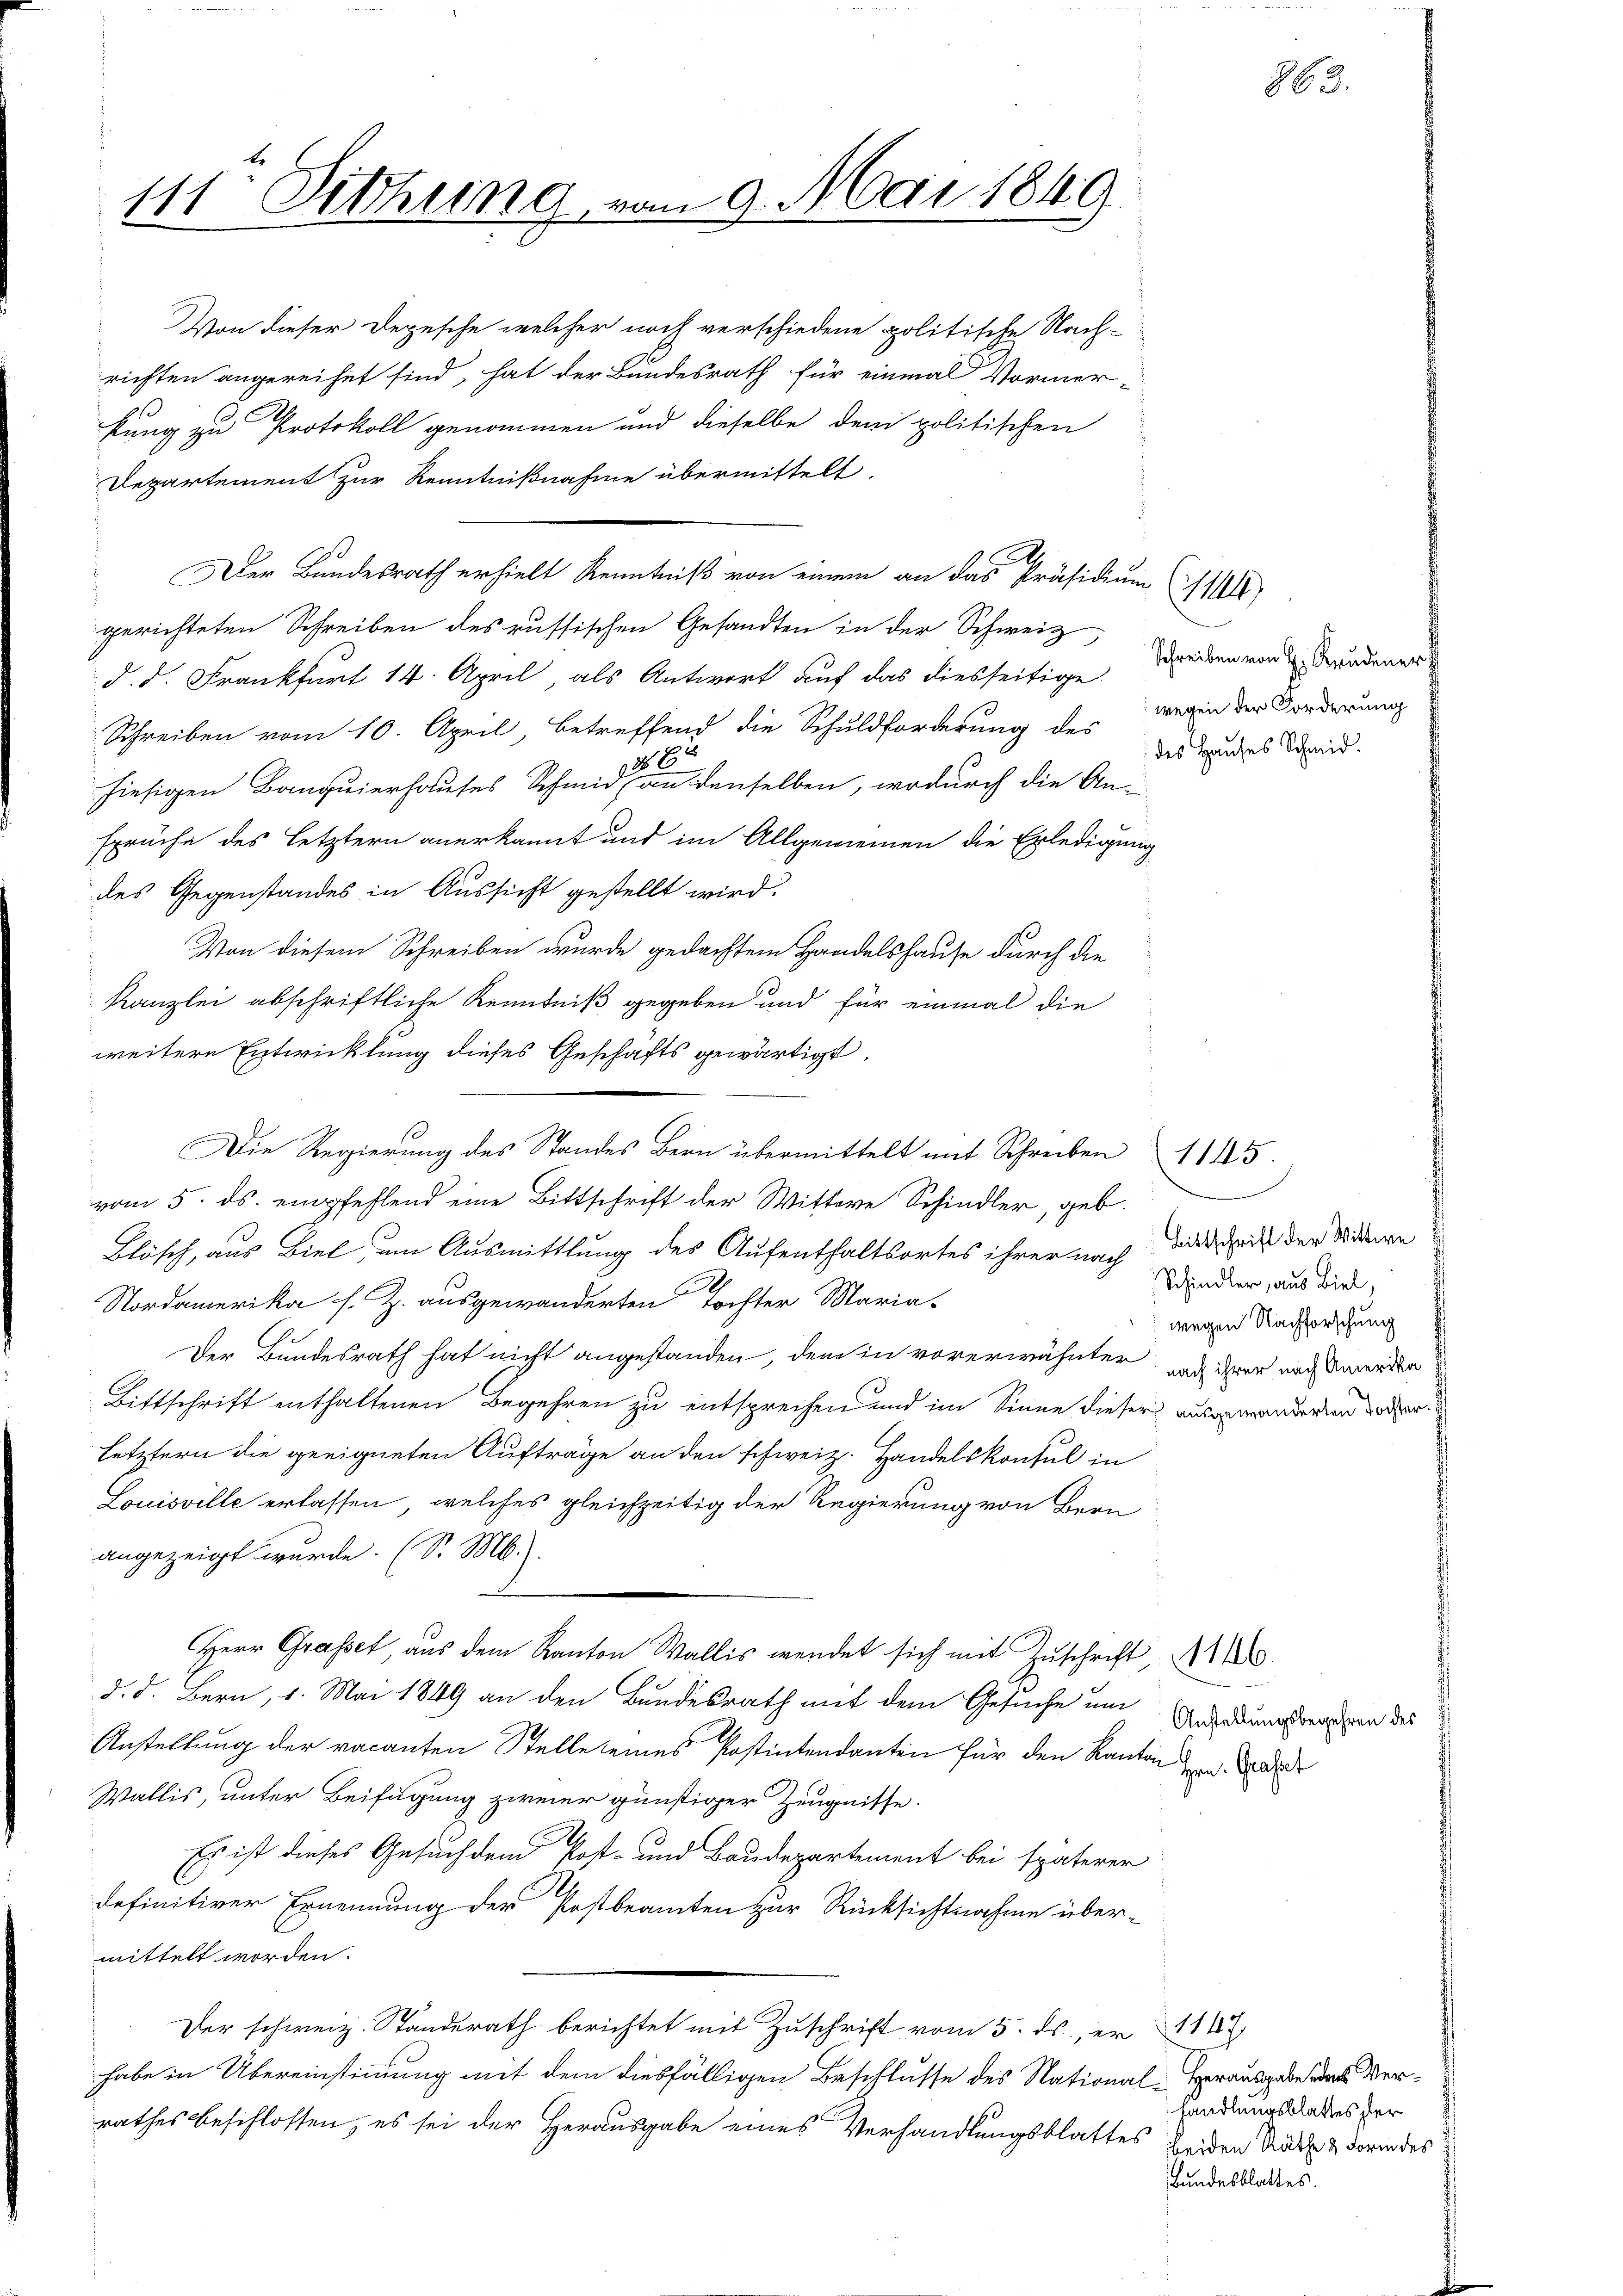
111. Dithung vom 9. Mai 1849

Von dieser Depesche welcher noch verschiedene politische Nach-
richten angereihet sind, hat der Bundesrath für einmal Vormer-
kung zu Protokoll genommen und dieselbe dem politischen
Departement zur Kenntnißnahme übermittelt.
Der Bundesrath erhielt Kenntniß von einem an das Präsidium
gerichteten Schreiben des russischen Gesandten in der Schweiz
d. d. Frankfurt 14. April, als Antwort auf das diesseitige
Schreiben vom 10. April, betreffend die Schuldforderung des wegen der Forderung
865
hiesigen Banquierhauses Schmid, an denselben, wodurch die An-
sprüche des letztern anerkannt und im Allgemeinen die Erledigung
des Gegenstandes in Aussicht gestellt wird.
Von diesem Schreiben wurde gedachtem Handelshause durch die
Kanzlei abschriftliche Kenntniß gegeben und für einmal die
weitere Entwicklung dieses Geschäfts gewärtigt.
Die Regierung des Standes Bern übermittelt mit Schreiben 1115.
vom 5. ds. empfehlend eine Bittschrift der Wittwe Schindler, geb.
Blösch, aus Biel, um Ausmittlung des Aufenthaltsortes ihrer nach die Zeit der Wittwe
Nordamerika s. Z. ausgewanderten Tochter Maria-
Der Bundesrath hat nicht angestanden, den in vorerwähnter, und ihrer nach werden
Bittschrift enthaltenen Begehren zu entsprechen und im Sinne dieser ausgewanderten vorherletztern die geeigneten Aufträge an den schweiz. Handelskonsul in
Louisville erlassen, welches gleichzeitig der Regierung von Bern
angezeigt wurde. (S. M.
Herr Grasset, aus dem Kanton Wallis wendet sich mit Zuschrift, A
d. d. Bern, 1. Mai 1849 an den Bundesrath mit dem Gesuche um
Anstellung der vacanten Stelle seines Postintendanten für den Kanton den
Wallis, unter Beifügung zweier günstiger Zeugnisse.
Es ist dieses Gesuch dem Post- und Baudepartement bei späterer
2
definitiver Ernennung der Postbeamten zur Rücksichtnahme über-
mittelt worden.
Der schweiz. Standerath berichtet mit Zuschrift vom 5. ds., er 1167
habe in Übereinstimmung mit dem diesfälligen Beschlusse des National-Herausgabe das Verrathes beschlossen, es sei der Herausgabe eines Verhandlungsblattes beiden Rath & darin des

Schreiben von H. Krudener
des Hauses Schmid.

Schindler, aus Biel,
wegen Nachforschung

14)

3.

Anstellungsbegehren des

handlungsblattes der
Bundesblattes.